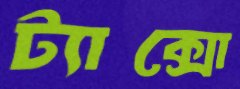
ট্যাক্সো